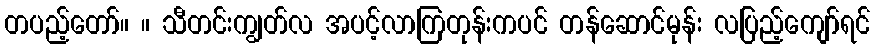
တပည့်တော်။ ။ သီတင်းကျွတ်လ အပင့်လာကြတုန်းကပင် တန်ဆောင်မုန်း လပြည့်ကျော်ရင်